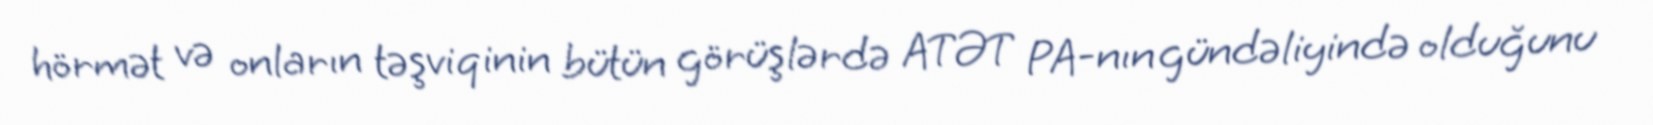
hörmət və onların təşviqinin bütün görüşlərdə ATƏT PA-nın gündəliyində olduğunu